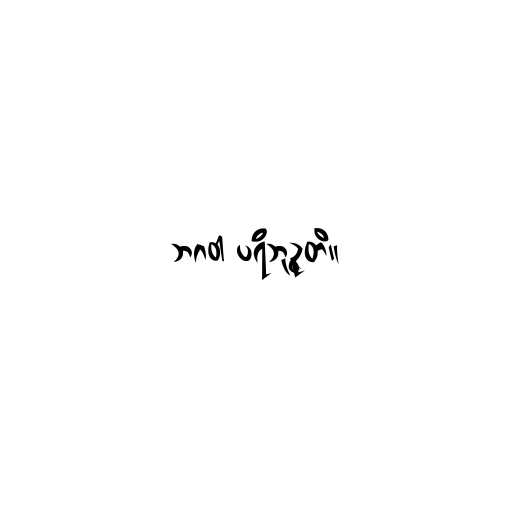
ဘဂဝါ ပရိဘုဉ္ဇတိ။